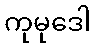
ကုမုဒေါ